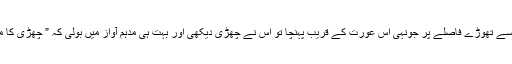
بوڑھی عورت سے تھوڑے فاصلے پر جونہی اس عورت کے قریب پہنچا تو اس نے چھڑی دیکھی اور بہت ہی مدہم آواز میں بولی کہ ” چھڑی کا مالک کہاں ہے؟